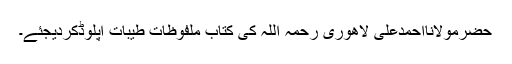
حضرمولانااحمدعلی لاھوری رحمہ اللہ کی کتاب ملفوظات طیبات اپلوڈکردیجئے۔